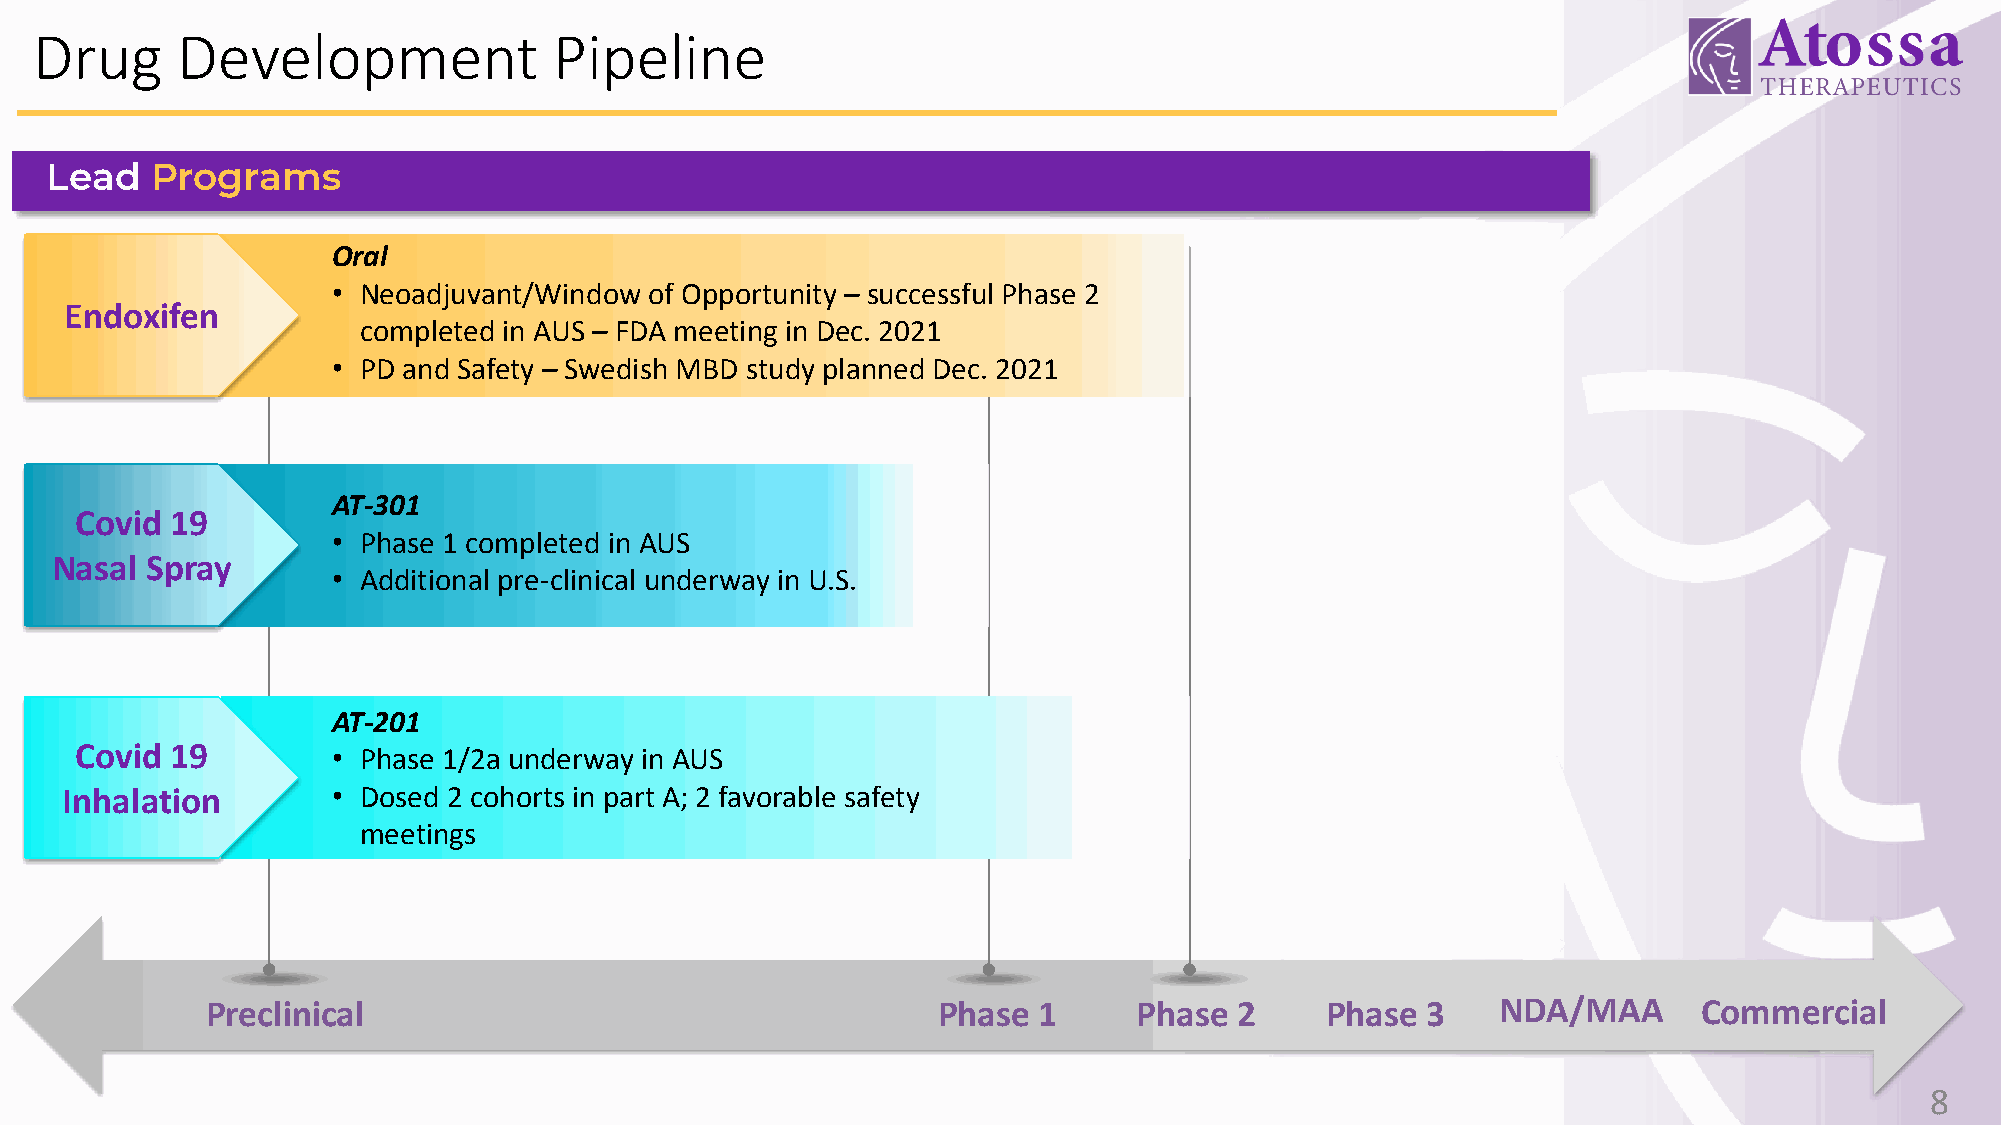
Drug      Development              Pipeline
 Lead   Programs
 Oral
 • Neoadjuvant/Window of Opportunity – successful Phase 2
 Endoxifen
 completed in AUS – FDA meeting in Dec. 2021
 • PD and Safety – Swedish MBD study planned Dec. 2021
 AT-301
 Covid 19
 • Phase 1 completed in AUS
 Nasal  Spray
 • Additional pre-clinical underway in U.S.
 AT-201
 Covid 19         • Phase 1/2a underway in AUS
 Inhalation        • Dosed 2 cohorts in part A; 2 favorable safety
 meetings
 Preclinical                                     Phase  1     Phase  2     Phase 3    NDA/MAA       Commercial
 8